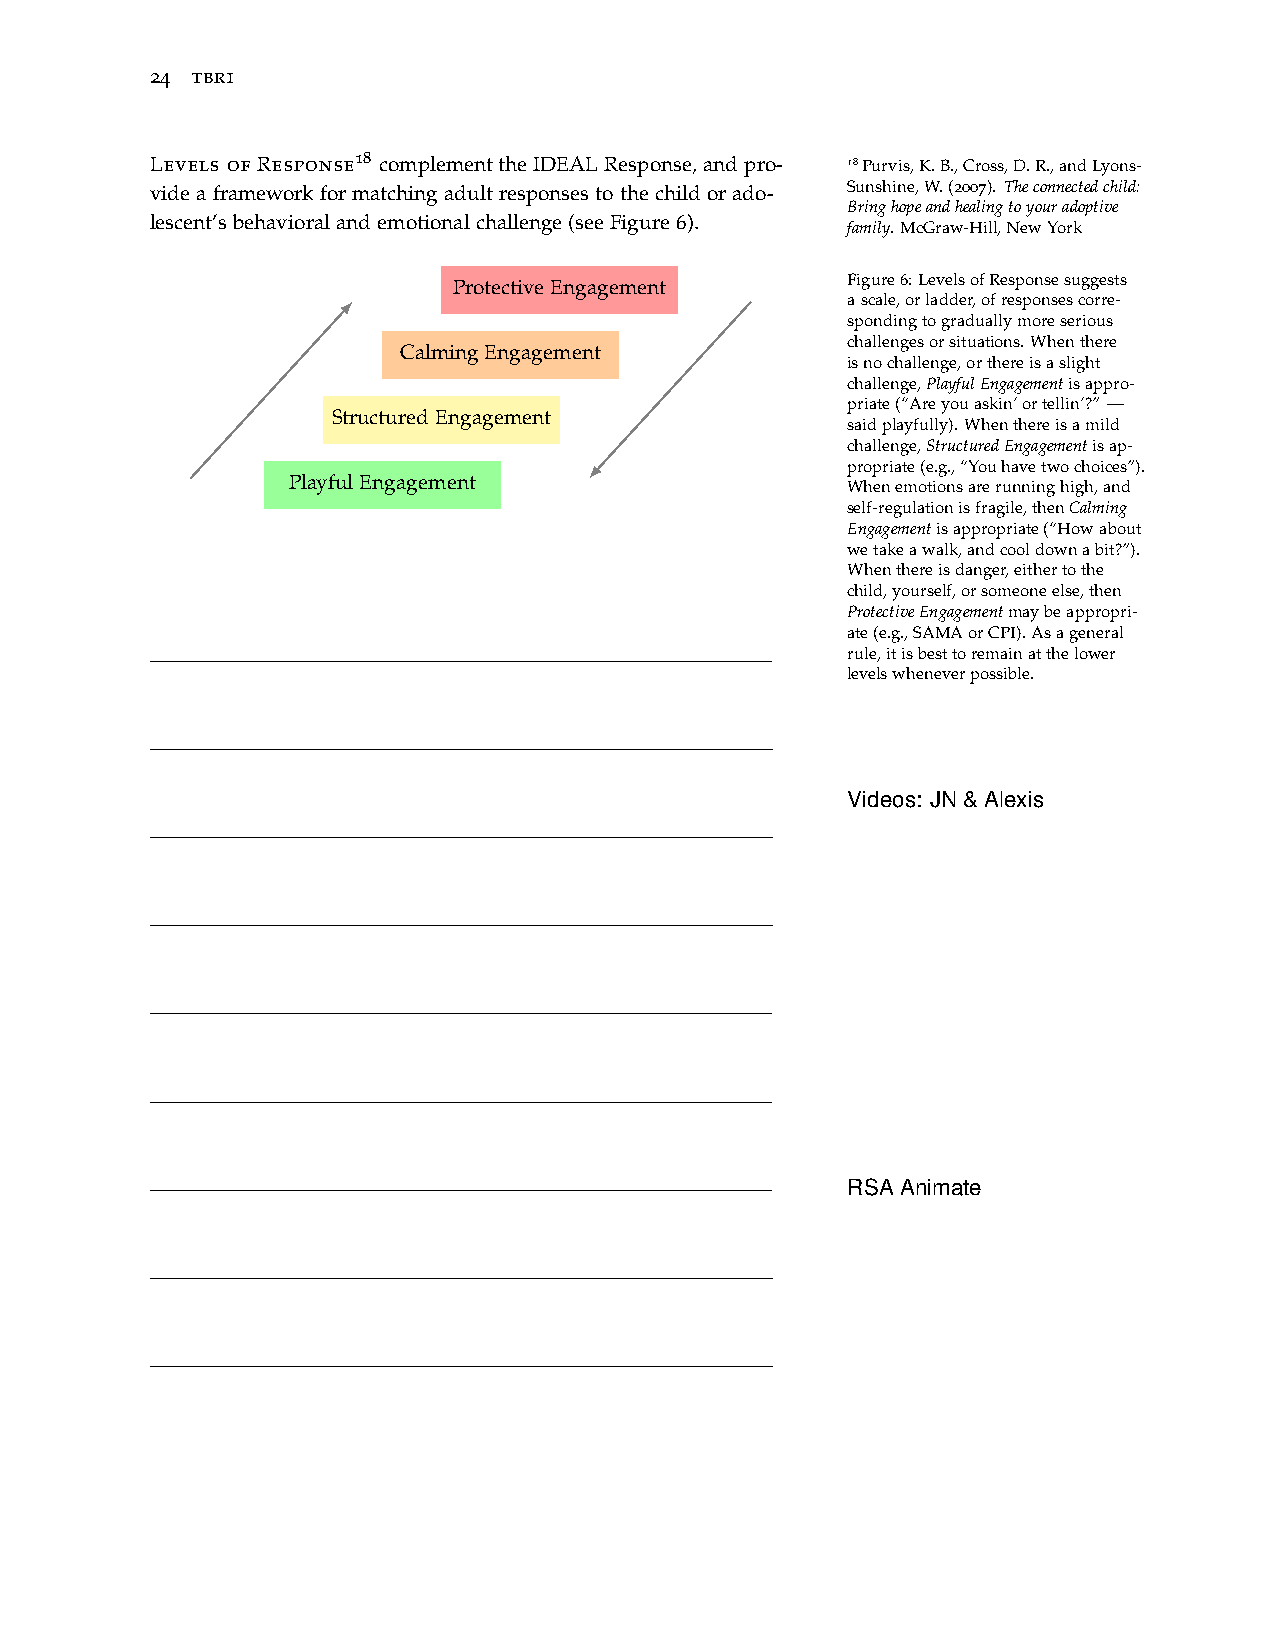
24 tbri
 Levels of Response18 complementtheIDEALResponse,andpro- 18Purvis,K.B.,Cross,D.R.,andLyons-
 videaframeworkformatchingadultresponsestothechildorado- Sunshine,W.(2007). Theconnectedchild:
 Bringhopeandhealingtoyouradoptive
 lescent’sbehavioralandemotionalchallenge(seeFigure6).
 family. McGraw-Hill,NewYork
 ProtectiveEngagement
 Figure6:LevelsofResponsesuggests
 ascale,orladder,ofresponsescorre-
 spondingtograduallymoreserious
 challengesorsituations.Whenthere
 CalmingEngagement
 isnochallenge,orthereisaslight
 challenge,PlayfulEngagementisappro-
 priate(“Areyouaskin’ortellin’?”—
 StructuredEngagement
 saidplayfully).Whenthereisamild
 challenge,StructuredEngagementisap-
 propriate(e.g.,“Youhavetwochoices”).
 PlayfulEngagement                    Whenemotionsarerunninghigh,and
 self-regulationisfragile,thenCalming
 Engagementisappropriate(“Howabout
 wetakeawalk,andcooldownabit?”).
 Whenthereisdanger,eithertothe
 child,yourself,orsomeoneelse,then
 ProtectiveEngagementmaybeappropri-
 ate(e.g.,SAMAorCPI).Asageneral
 rule,itisbesttoremainatthelower
 levelswheneverpossible.
 Videos: JN&Alexis
 RSAAnimate